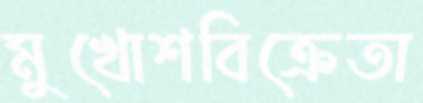
মুখোশবিক্রেতা